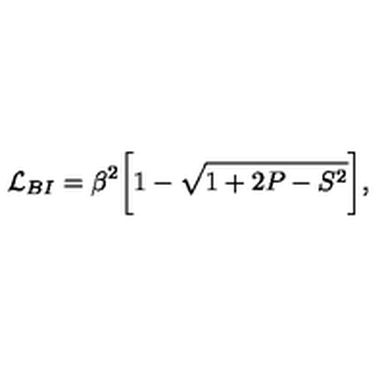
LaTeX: { \cal { L } } _ { B I } = \beta ^ { 2 } \biggl [ 1 - \sqrt { 1 + 2 P - S ^ { 2 } } \biggr ] ,